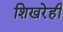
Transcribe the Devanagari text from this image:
शिखरेही